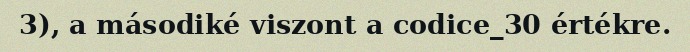
3), a másodiké viszont a codice_30 értékre.